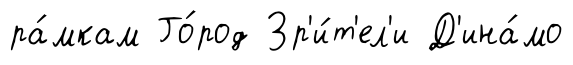
ра́мкам Го́род Зр'и́т'ел'и Д'ина́мо